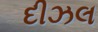
દીઝલ